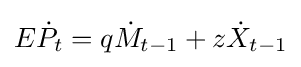
E{\dot {P}}_{t}=q{\dot {M}}_{t-1}+z{\dot {X}}_{t-1}